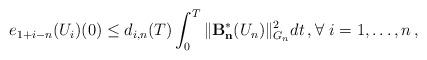
LaTeX: \begin{align*}e_{1+i-n}(U_i)(0) \le d_{i,n}(T) \int_0^T \| \mathcal{\mathbf{B^{\ast}_n}}(U_n) \|_{G_{n}}^2 dt \,,\forall \ i=1, \ldots, n \,,\end{align*}